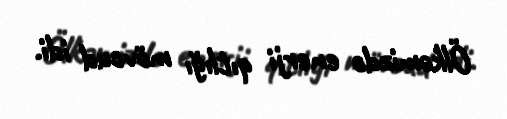
Ölkəmizdə enerji qıtlığı mövcud idi.